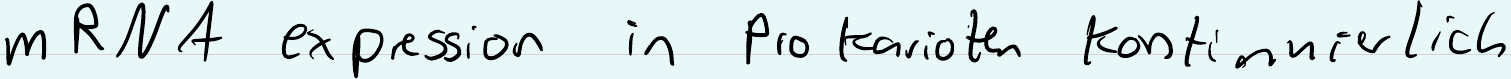
m RNA expression in Pro karioten Kontinuierlich